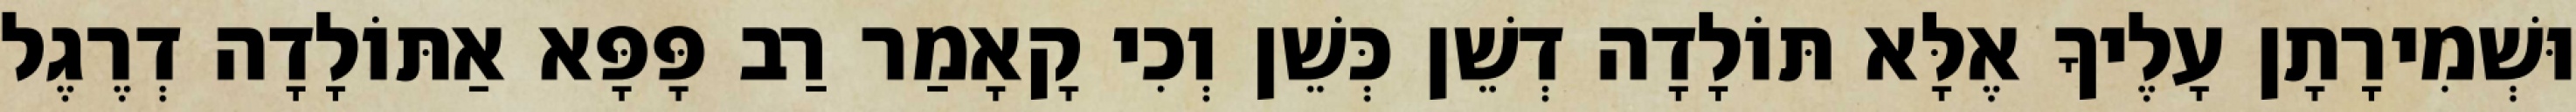
וּשְׁמִירָתָן עָלֶיךָ אֶלָּא תּוֹלָדָה דְשֵׁן כְּשֵׁן וְכִי קָאָמַר רַב פָּפָּא אַתּוֹלָדָה דְרֶגֶל